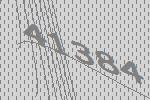
41384